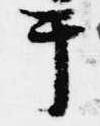
于